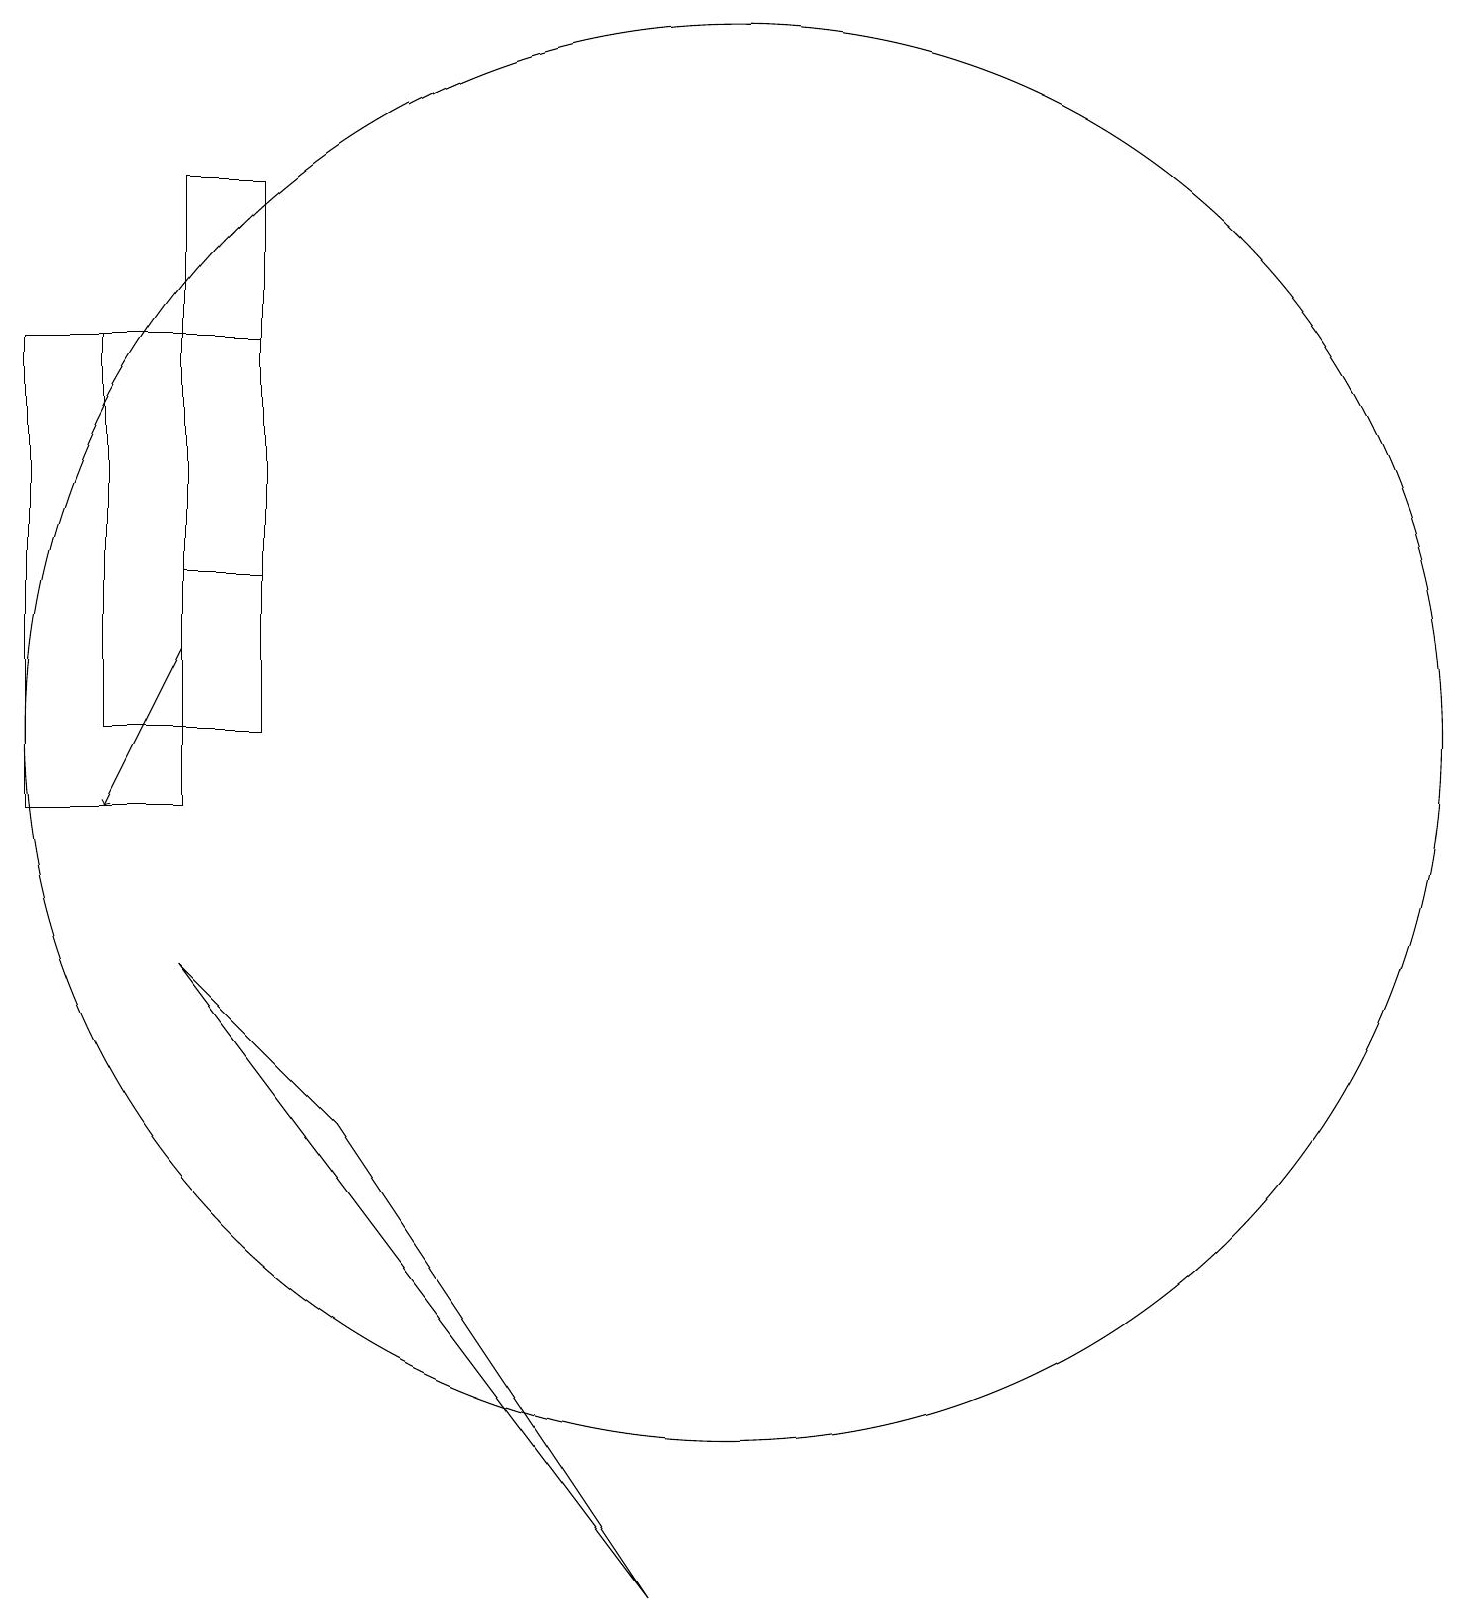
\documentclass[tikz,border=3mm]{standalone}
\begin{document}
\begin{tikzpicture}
\draw (1,16) rectangle (3,10);
\draw (10,11) circle (9);
\draw (3,18) rectangle (4,13);
\draw (4,16) rectangle (2,11);
\draw (5,6) -- (3,8) -- (9,0) -- cycle;
\draw[->] (3,12) -- (2,10);
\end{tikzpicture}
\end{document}